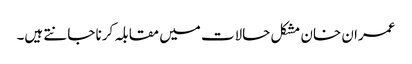
عمران خان مشکل حالات میں مقابلہ کرنا جانتے ہیں۔